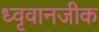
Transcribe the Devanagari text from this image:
ध्वृवानजीक